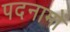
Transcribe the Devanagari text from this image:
पदनामों